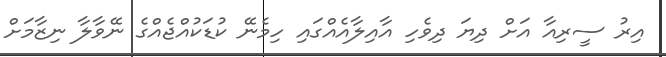
އިރު ސީރިއާ އަށް ދިޔަ ދިވެހި އާއިލާއެއްގައި ހިމެނޭ ކުޑަކުއްޖެއްގެ ނޭވާލާ ނިޒާމަށް